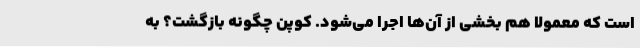
است که معمولا هم بخشی از آن‌ها اجرا می‌شود. کوپن چگونه بازگشت؟ به